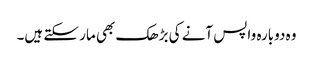
وہ دوبارہ واپس آنے کی بڑھک بھی مار سکتے ہیں۔